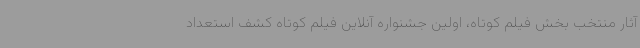
آثار منتخب بخش فیلم کوتاه، اولین جشنواره آنلاین فیلم کوتاه کشف استعداد